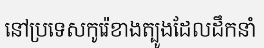
នៅប្រទេសកូរ៉េខាងត្បូងដែលដឹកនាំ